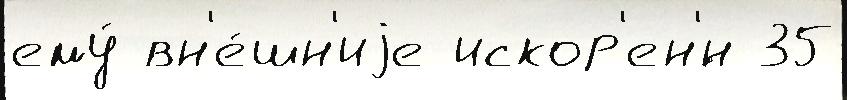
ему́ вн'е́шн'иjе искор'ен'́н 35